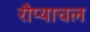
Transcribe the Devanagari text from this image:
रौप्याचल